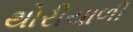
થોરીયાળી